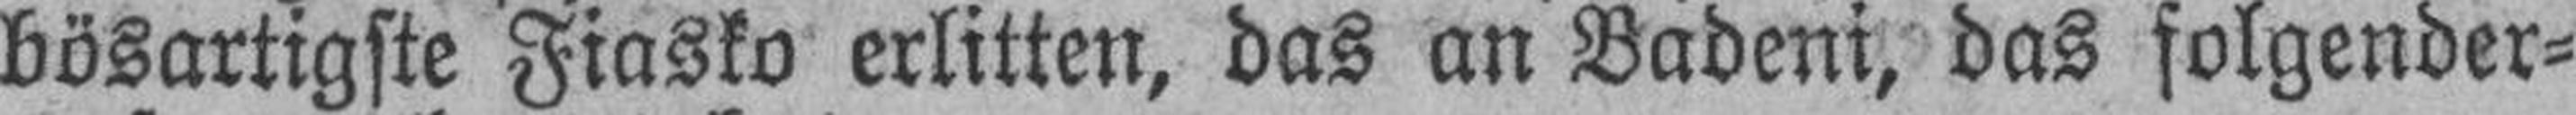
bösartigste Fiasko erlitten, das an Badeni, das folgender¬